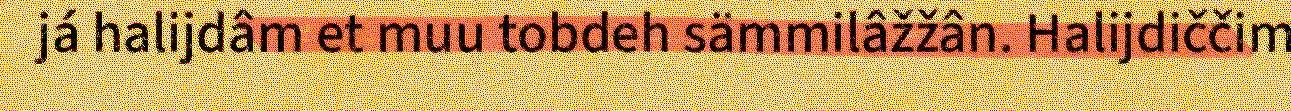
já halijdâm et muu tobdeh sämmilâžžân. Halijdiččim